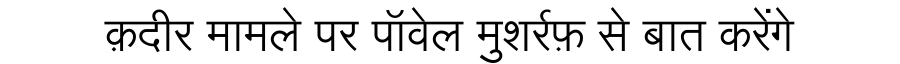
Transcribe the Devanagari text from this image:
क़दीर मामले पर पॉवेल मुशर्रफ़ से बात करेंगे